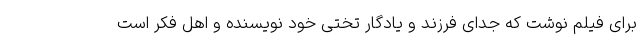
برای فیلم نوشت که جدای فرزند و یادگار تختی خود نویسنده و اهل فکر است